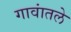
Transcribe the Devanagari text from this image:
गावांतले